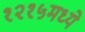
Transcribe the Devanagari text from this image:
१२१५मध्ये